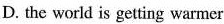
D.the world is getting warmer